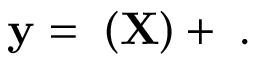
\bf { y } = \tau ( \bf { X } ) + \eta .